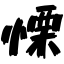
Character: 慄